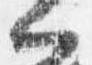
門